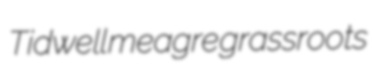
Tidwell meagre grassroots